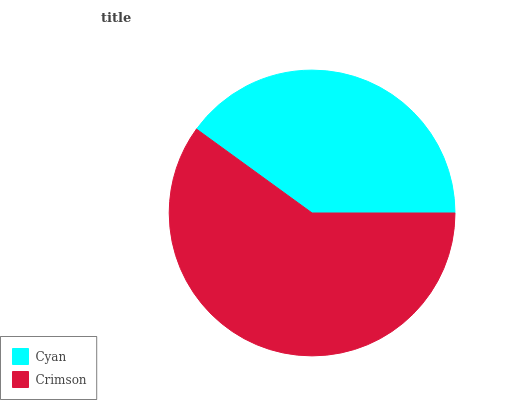
| Cyan | Crimson |
 | --- | --- |
 | 40% | 60% |